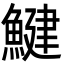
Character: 鰎